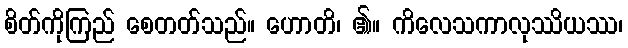
စိတ်ကိုကြည် စေတတ်သည်။ ဟောတိ၊ ၏။ ကိလေသကာလုဿိယဿ၊